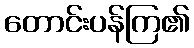
တောင်းပန်ကြ၏